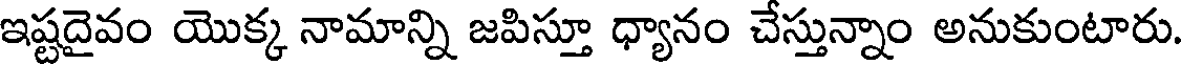
ఇష్టదైవం యొక్క నామాన్ని జపిస్తూ ధ్యానం చేస్తున్నాం అనుకుంటారు.